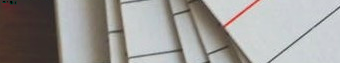
Sunset Blvd